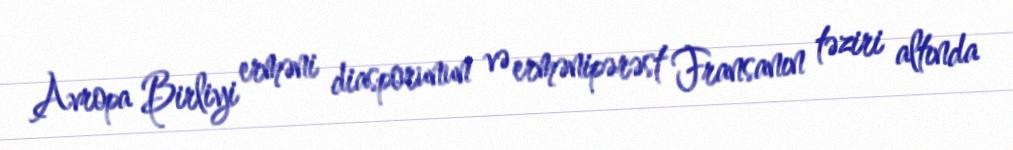
Avropa Birliyi erməni diasporunun və ermənipərəst Fransanın təziri altında